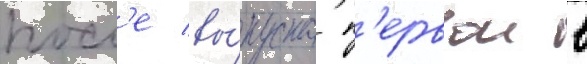
посл'е вы́пуска п'ервои в